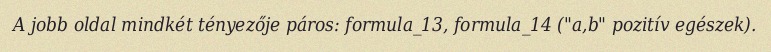
A jobb oldal mindkét tényezője páros: formula_13, formula_14 ("a,b" pozitív egészek).